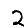
Digit: 2